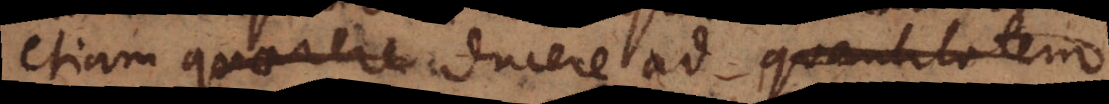
etiam quaeritur ducere ad quantitatem